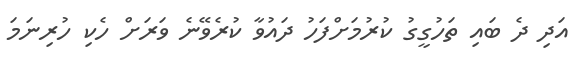
އަދި ދެ ބައި ތަހުގީގު ކުރުމަށްފަހު ދައުވާ ކުރެވޭނެ ވަރަށް ހެކި ހުރިނަމަ